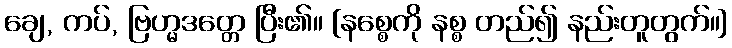
ချေ, ကပ်, ဗြဟ္မဒတ္တေ ပြီး၏။ [နစ္စေကို နစ္စ တည်၍ နည်းတူတွက်။]